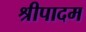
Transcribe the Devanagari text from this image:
श्रीपादम